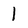
Character: 1